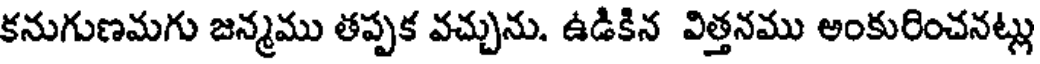
కనుగుణమగు జన్మము తప్పక వచ్చును. ఉడికిన విత్తనము అంకురించనట్లు